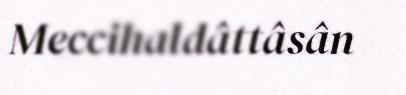
Meccihaldâttâsân